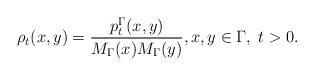
LaTeX: \begin{align*}\rho_t(x,y) = \frac{p_t^{\Gamma}(x,y)}{M_{\Gamma}(x)M_{\Gamma}(y)}, x,y \in \Gamma,\;t>0.\end{align*}